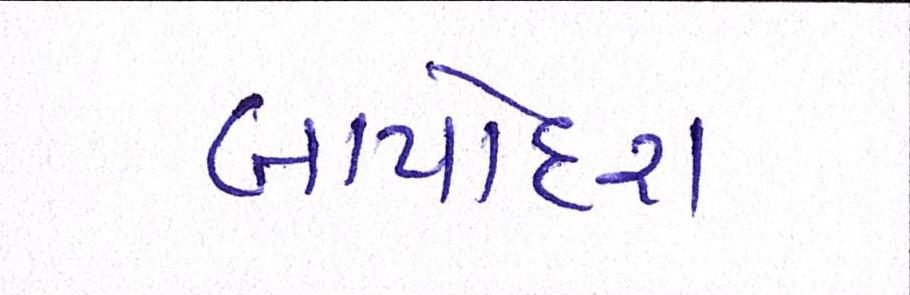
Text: બાપોદરા